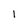
Character: l